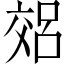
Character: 𫡽